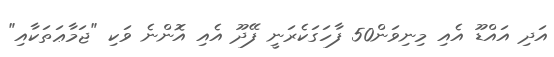
އަދި އައްޑޫ އެއި މިނިވަން50 ފާހަގަކެރަނީ ފޭދޫ އެއި އޮންނެ ވަކި "ޖަމާޢަތަކާއި"